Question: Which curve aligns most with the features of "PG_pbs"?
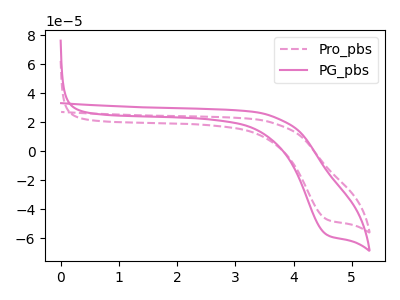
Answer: <think>The pink dashed curve "Pro_pbs" has a cathodic peak at: (4.55V, -46.80uA). The pink curve "PG_pbs" has a cathodic peak at: (4.55V, -57.30uA).
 All the peaks in "Pro_pbs" have a peak in "PG_pbs" at the same potential. Every peak in "Pro_pbs" is lower than every peak in "PG_pbs".</think>
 <answer>The CV with the most similar shape to "Pro_pbs" is "PG_pbs".</answer>
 <eval>"PG_pbs"</eval>